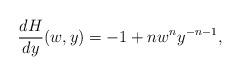
LaTeX: \begin{align*}\frac{dH}{dy}(w,y)=-1+nw^{n}y^{-n-1},\end{align*}